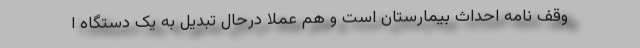
وقف نامه احداث بیمارستان است و هم عملا درحال تبدیل به یک دستگاه ا